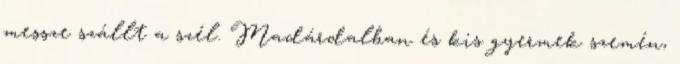
messze szállt a szél. Madárdalban és kis gyermek szemén,